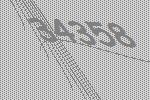
34358